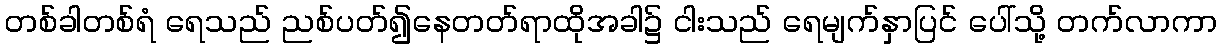
တစ်ခါတစ်ရံ ရေသည် ညစ်ပတ်၍နေတတ်ရာထိုအခါ၌ ငါးသည် ရေမျက်နှာပြင် ပေါ်သို့ တက်လာကာ